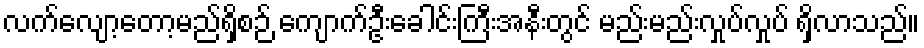
လက်လျော့တော့မည်ရှိစဉ် ကျောက်ဦးခေါင်းကြီးအနီးတွင် မည်းမည်းလှုပ်လှုပ် ရှိလာသည်။